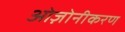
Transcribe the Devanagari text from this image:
ओज़ोनीकरण